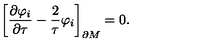
\biggr [ { \frac { \partial \varphi _ { i } } { \partial \tau } } - { \frac { 2 } { \tau } } \varphi _ { i } \biggr ] _ { \partial M } = 0 .